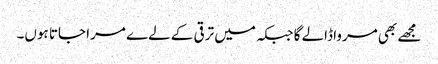
مجھے بھی مرواڈالے گا جبکہ میں ترقی کے لےے مرا جاتا ہوں۔